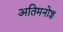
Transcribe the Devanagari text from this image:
अतिमनोज्ञ